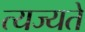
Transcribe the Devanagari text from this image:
त्यज्यते